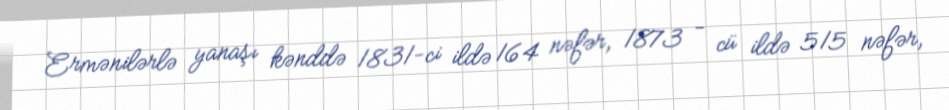
Ermənilərlə yanaşı kənddə 1831-ci ildə 164 nəfər, 1873 - cü ildə 515 nəfər,